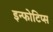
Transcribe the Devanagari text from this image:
इन्फोटिप्स